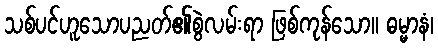
သစ်ပင်ဟူသောပညတ်၏စွဲလမ်းရာ ဖြစ်ကုန်သော။ ဓမ္မာနံ၊